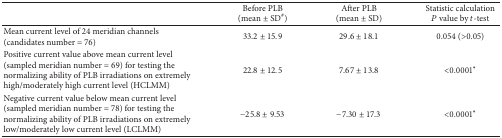
<table><thead><tr><td><b> </b></td><td><b>Before PLB(mean ± SD<sup>#</sup>)</b></td><td><b>After PLB(mean ± SD)</b></td><td><b>Statistic calculation<i>P</i> value by <i>t</i>-test</b></td></tr></thead><tbody><tr><td>Mean current level of 24 meridian channels(candidates number = 76)</td><td>33.2 ± 15.9</td><td>29.6 ± 18.1</td><td>0.054 (&gt;0.05)</td></tr><tr><td>Positive current value above mean current level (sampled meridian number = 69) for testing the normalizing ability of PLB irradiations on extremely high/moderately high current level (HCLMM)</td><td>22.8 ± 12.5</td><td>7.67 ± 13.8</td><td>&lt;0.0001*</td></tr><tr><td>Negative current value below mean current level (sampled meridian number = 78) for testing the normalizing ability of PLB irradiations on extremely low/moderately low current level (LCLMM)</td><td>−25.8 ± 9.53</td><td>−7.30 ± 17.3</td><td>&lt;0.0001*</td></tr></tbody></table>